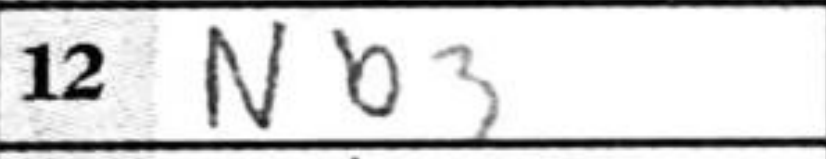
Transcription: Nb3